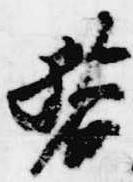
督